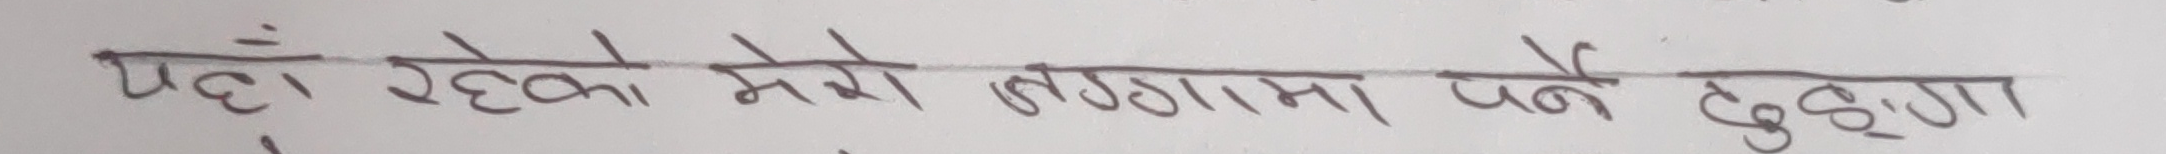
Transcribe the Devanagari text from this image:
यहाँ रहेको मेरो लगामा पर्ने ढुङ्गा